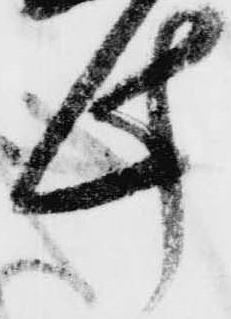
此